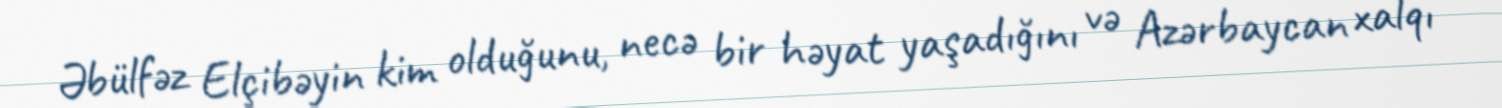
Əbülfəz Elçibəyin kim olduğunu, necə bir həyat yaşadığını və Azərbaycan xalqı